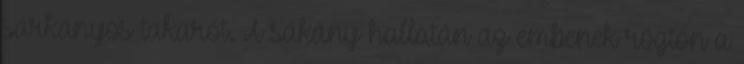
sárkányos takarót. A sákány hallatán az embenek rögtön a